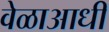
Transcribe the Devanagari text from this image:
वेळाआधी